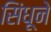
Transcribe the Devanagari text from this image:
सिंधूने